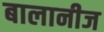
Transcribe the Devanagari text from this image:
बालानीज